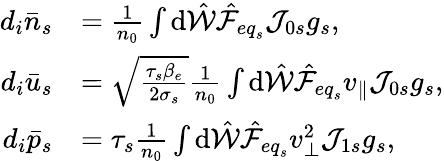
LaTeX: \begin{array}{rl}{d_{i}\bar{n}_{s}}&{=\frac{1}{n_{0}}\int\mathrm{d}\hat{\mathcal{W}}\hat{\mathcal{F}}_{{eq}_{s}}\mathcal{J}_{0s}g_{s},}\\ {d_{i}\bar{u}_{s}}&{=\sqrt{\frac{\tau_{s}\beta_{e}}{2\sigma_{s}}}\frac{1}{n_{0}}\int\mathrm{d}\hat{\mathcal{W}}\hat{\mathcal{F}}_{{eq}_{s}}v_{\parallel}\mathcal{J}_{0s}g_{s},}\\ {d_{i}\bar{p}_{s}}&{=\tau_{s}\frac{1}{n_{0}}\int\mathrm{d}\hat{\mathcal{W}}\hat{\mathcal{F}}_{{eq}_{s}}v_{\perp}^{2}\mathcal{J}_{1s}g_{s},}\end{array}